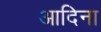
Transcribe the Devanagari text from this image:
आदिना